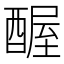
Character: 𬪱